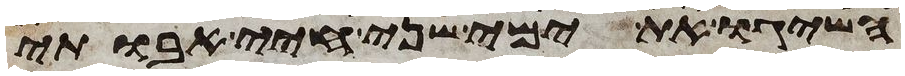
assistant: השיגו את ימי שני חיי אבותי